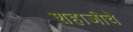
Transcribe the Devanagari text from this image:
शहाजीचे